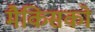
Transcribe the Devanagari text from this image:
मैकिसको